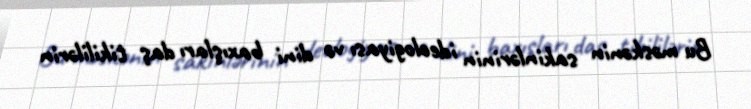
Bu məskənin sakinlərinin ideologiyası və dini baxışları daş tikililərin